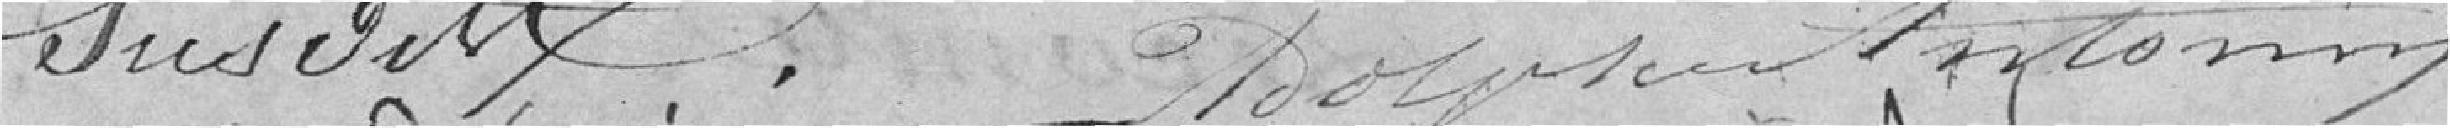
susdit